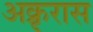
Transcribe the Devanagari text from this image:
अक्रृरास